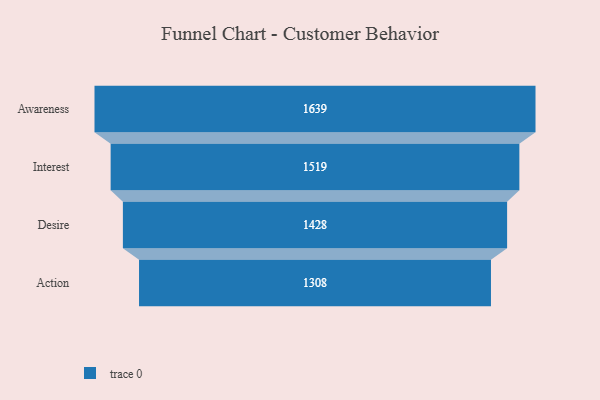
{"axis": {"x": "Stage", "y": "Value"}, "legend": [""], "data": [{"x": "Awareness", "y": 1639.0, "type": ""}, {"x": "Interest", "y": 1519.0, "type": ""}, {"x": "Desire", "y": 1428.0, "type": ""}, {"x": "Action", "y": 1308.0, "type": ""}]}